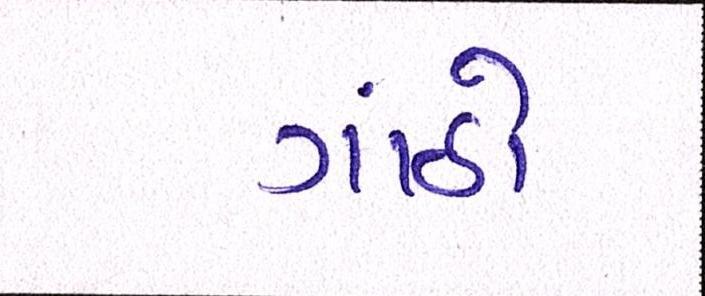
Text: ગાંઠો